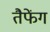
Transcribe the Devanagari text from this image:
तैफेंग